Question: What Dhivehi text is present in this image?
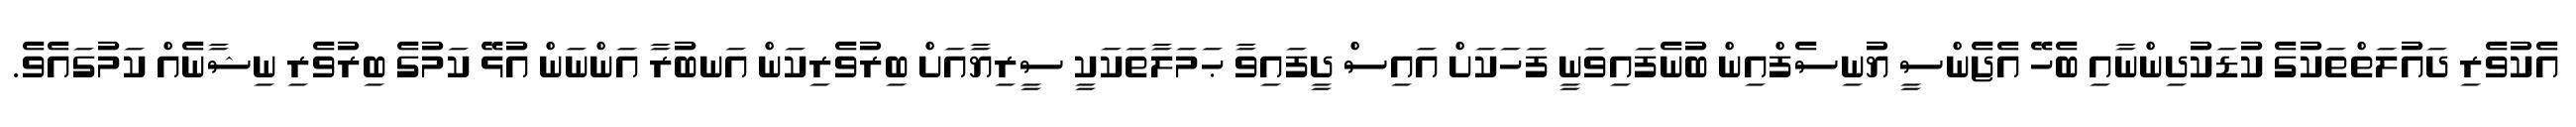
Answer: އެކުވެރި ދައުލަތްތަކުގެ ކުޑަކުދިންނާއި ބެހޭ އެޖެންސީ ޔުނިސެފްއިން ބުނެފައިވަނީ ފަހަކަށް އައިސް ދީފައިވާ ޙަމަލާތަކަކީ ސީރިޔާއަށް ބިރުވެރިކަން އަނބުރާ އަންނަން އުޅޭ ކަމުގެ ބިރުވެރި ނިޝާނެއް ކަމުގައެވެ.